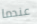
عندما